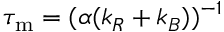
{ \tau _ { \mathrm { m } } } = ( \alpha ( k _ { R } + k _ { B } ) ) ^ { - 1 }